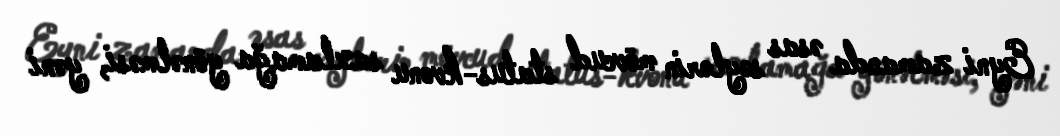
Eyni zamanda əsas səylərin mövcud status-kvonu saxlamağa yönəlməsi, yəni